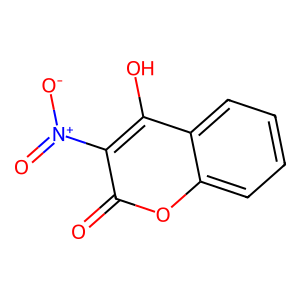
SMILES: O=c1oc2ccccc2c(O)c1[N+](=O)[O-]
Inhibits HIV replication: No